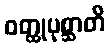
ဝတ္ထုပုစ္ဆာတိ